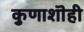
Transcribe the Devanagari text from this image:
कुणाशॊही